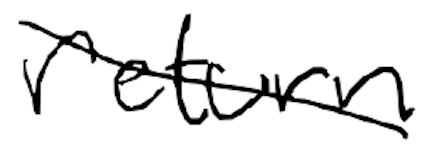
Text: return
Cross-out: diagonal
Writing tool: digital_black